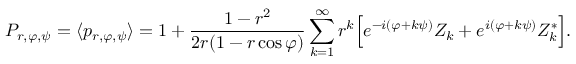
P _ { r , \varphi , \psi } = \langle p _ { r , \varphi , \psi } \rangle = 1 + \frac { 1 - r ^ { 2 } } { 2 r ( 1 - r \cos \varphi ) } \sum _ { k = 1 } ^ { \infty } r ^ { k } \Big [ e ^ { - i ( \varphi + k \psi ) } Z _ { k } + e ^ { i ( \varphi + k \psi ) } Z _ { k } ^ { * } \Big ] .